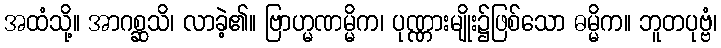
အထံသို့။ အာဂစ္ဆသိ၊ လာခဲ့၏။ ဗြာဟ္မဏမ္မိက၊ ပုဏ္ဏားမျိုး၌ဖြစ်သော ဓမ္မိက။ ဘူတပုဗ္ဗံ၊